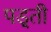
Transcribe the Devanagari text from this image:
पड़्ती